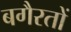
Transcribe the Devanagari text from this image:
बगैरतों